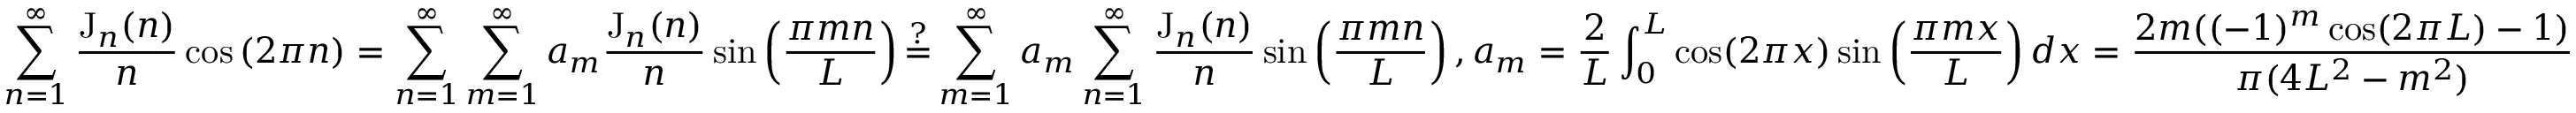
\sum _ { n = 1 } ^ { \infty } \frac { \mathrm { J } _ { n } ( n ) } n \cos \left( 2 \pi n \right) = \sum _ { n = 1 } ^ { \infty } \sum _ { m = 1 } ^ { \infty } a _ { m } \frac { \mathrm { J } _ { n } ( n ) } n \sin \left( \frac { \pi m n } L \right) \mathop = ^ { ? } \sum _ { m = 1 } ^ { \infty } a _ { m } \sum _ { n = 1 } ^ { \infty } \frac { \mathrm { J } _ { n } ( n ) } n \sin \left( \frac { \pi m n } L \right) , a _ { m } = \frac 2 L \int _ { 0 } ^ { L } \cos ( 2 \pi x ) \sin \left( \frac { \pi m x } L \right) d x = \frac { 2 m ( ( - 1 ) ^ { m } \cos ( 2 \pi L ) - 1 ) } { \pi ( 4 L ^ { 2 } - m ^ { 2 } ) }